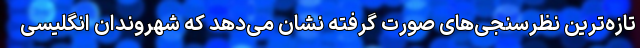
تازه‌ترین نظرسنجی‌های صورت گرفته نشان می‌دهد که شهروندان انگلیسی